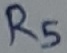
Text: R5